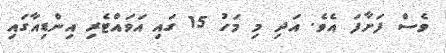
ވެސް ފަށާފަ އެވެ. އަދި މި މަހު 15 ގައި އަވައްޓެރި އިންޑިއާގައި